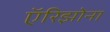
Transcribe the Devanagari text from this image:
ऍरिझोना